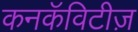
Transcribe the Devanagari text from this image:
कनकॅविटीज़